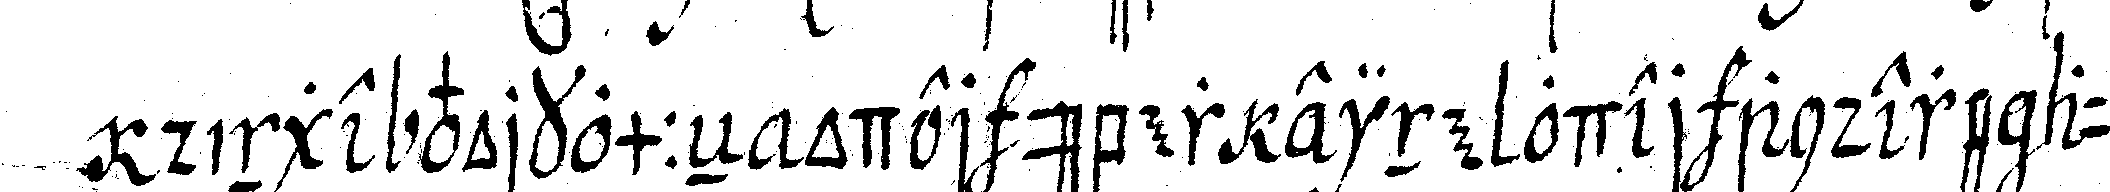
dinge vorkommeN oder über eine oder andere auf